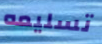
تسليمه